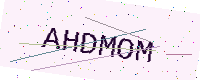
Text: AHDMOM